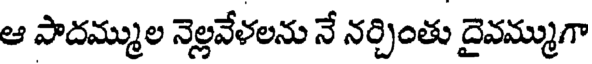
ఆ పాదమ్ముల నెల్లవేళలను నే నర్చింతు దైవమ్ముగా